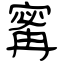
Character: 寗